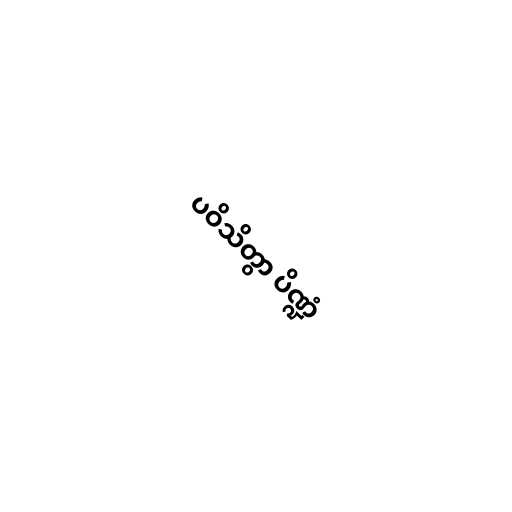
ပဝိသိတွာ ပိဏ္ဍံ